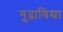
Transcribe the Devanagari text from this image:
गूढाविद्या